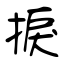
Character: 捩